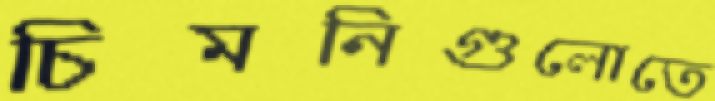
চিমনিগুলোতে